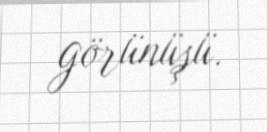
görünüşü.